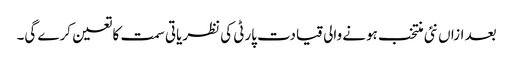
بعد ازاں نئی منتخب ہونے والی قیادت پارٹی کی نظریاتی سمت کا تعین کرے گی۔